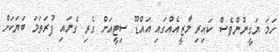
ހަމަ ޔަގީނުުންވެސް ކައިރި މާޒީއެއްގައި އައްޑޫ ސިޓީއަށް ގެރި ގެނައި ފުރަތަމަ ބަޔަކަށް